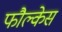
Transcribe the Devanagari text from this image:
फौल्केस